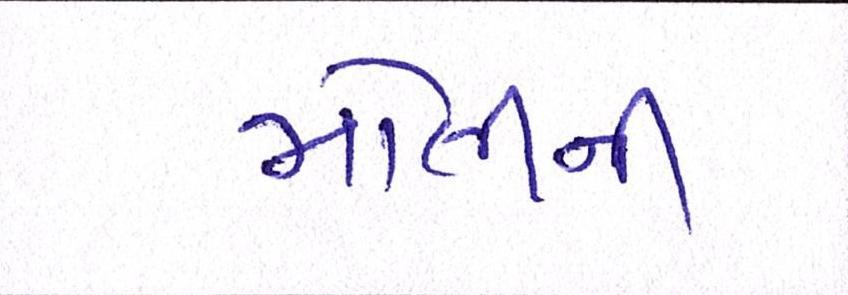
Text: મોતીની